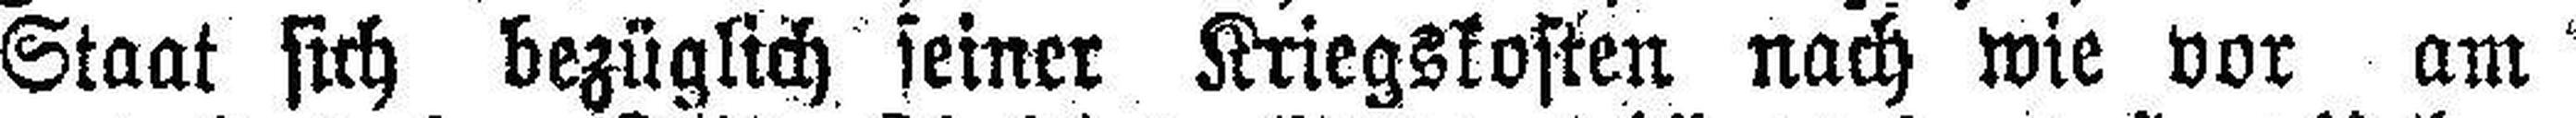
Staat sich bezüglich seiner Kriegskosten nach wie vor am